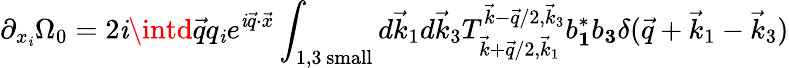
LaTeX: \partial_{{x}_{\mathit{i}}}\Omega_{0}=2\mathit{i}\intd\vec{{q}}q_{\mathit{i}}e^{\mathit{i}\vec{{q}}\cdot\vec{{x}}}\int_{1,3\mathrm{{~small}}}d\vec{{k}}_{1}d\vec{{k}}_{3}T_{\vec{{k}}+\vec{{q}}/2,\vec{{k}}_{1}}^{\vec{{k}}-\vec{{q}}/2,\vec{{k}}_{3}}b_{\mathbf{1}}^{*}b_{\mathbf{3}}\delta(\vec{{q}}+\vec{{k}}_{1}-\vec{{k}}_{3})